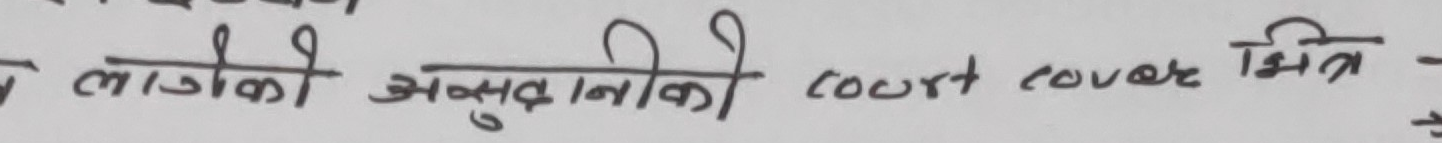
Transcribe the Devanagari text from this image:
लागिको अनुदानिको court cover भित्र